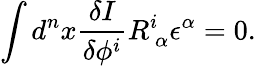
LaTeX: \int d^{n}x\frac{\delta I}{\delta\phi^{i}}R_{\ \alpha}^{i}\epsilon^{\alpha}=0.